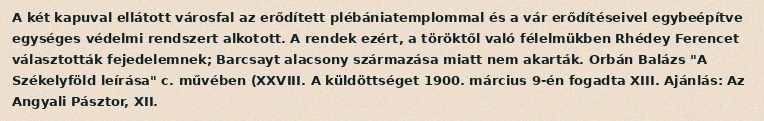
A két kapuval ellátott városfal az erődített plébániatemplommal és a vár erődítéseivel egybeépítve egységes védelmi rendszert alkotott. A rendek ezért, a töröktől való félelmükben Rhédey Ferencet választották fejedelemnek; Barcsayt alacsony származása miatt nem akarták. Orbán Balázs "A Székelyföld leírása" c. művében (XXVIII. A küldöttséget 1900. március 9-én fogadta XIII. Ajánlás: Az Angyali Pásztor, XII.